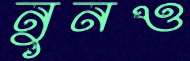
নুনও